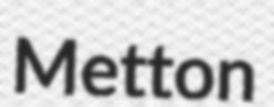
Metton